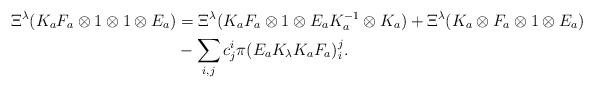
LaTeX: \begin{align*}\Xi^{\lambda} (K_{a} F_{a} \otimes 1 \otimes 1 \otimes E_{a}) & =\Xi^{\lambda}(K_{a} F_{a}\otimes 1 \otimes E_{a} K_{a}^{-1} \otimes K_{a}) + \Xi^{\lambda}(K_{a} \otimes F_{a}\otimes 1 \otimes E_{a}) \\ & -\sum_{i,j} c_{j}^{i} \pi(E_{a}K_{\lambda} K_{a} F_{a})_{i}^{j}.\end{align*}